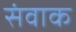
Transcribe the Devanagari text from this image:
संवाक